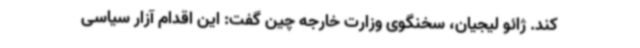
کند. ژائو لیجیان، سخنگوی وزارت خارجه چین گفت: این اقدام آزار سیاسی